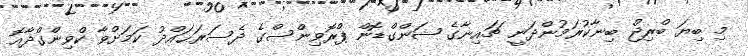
މި ބިޔަ ބްރިޖް ބިނާކުރަމުންދަނީ ޗައިނާގެ ޝަންގްޑޮން ޕްރޮވިންސްގެ ދެސަރަޙައްދު ކަމަށްވާ ކްވިންގްދާއޮ